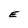
Character: E